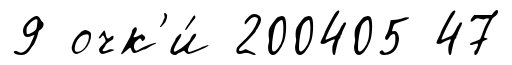
9 очк'и́ 200405 47